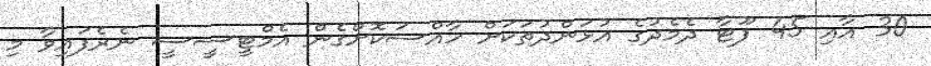
30 އާއި 45 ފޫޓާ ދެމެދުގެ އުޅަންދުތަކަށް ހާއްސަކޮށްގެން އެމްޓީސީސީ ނެރެފައިވާ މި